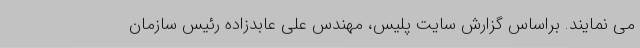
می نمایند. براساس گزارش سایت پلیس، مهندس علی عابدزاده رئیس سازمان